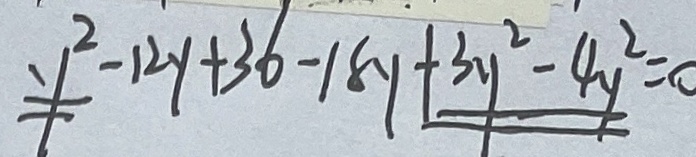
\xlongequal { y ^ { 2 } } - 1 2 y + 3 6 - 1 8 y + \xlongequal { 3 y ^ { 2 } - 4 y ^ { 2 } } = 0